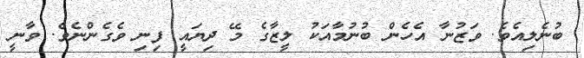
ބުނެލިއެވެ. ވަޒުނާ އެހެން ބުނުމާއަކު ލީޒާގެ މޭ ދިޔައީ ފިނި ވެގެންނެވެ. ވާނީ